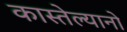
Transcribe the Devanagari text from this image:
कास्तेल्यानो